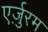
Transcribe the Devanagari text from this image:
एर्ज़ुरम